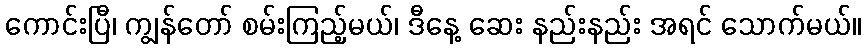
ကောင်းပြီ၊ ကျွန်တော် စမ်းကြည့်မယ်၊ ဒီနေ့ ဆေး နည်းနည်း အရင် သောက်မယ်။